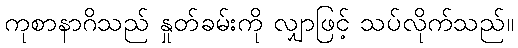
ကုစာနာဂိသည် နှုတ်ခမ်းကို လျှာဖြင့် သပ်လိုက်သည်။